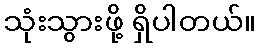
သုံးသွားဖို့ ရှိပါတယ်။